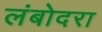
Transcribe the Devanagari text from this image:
लंबोदरा